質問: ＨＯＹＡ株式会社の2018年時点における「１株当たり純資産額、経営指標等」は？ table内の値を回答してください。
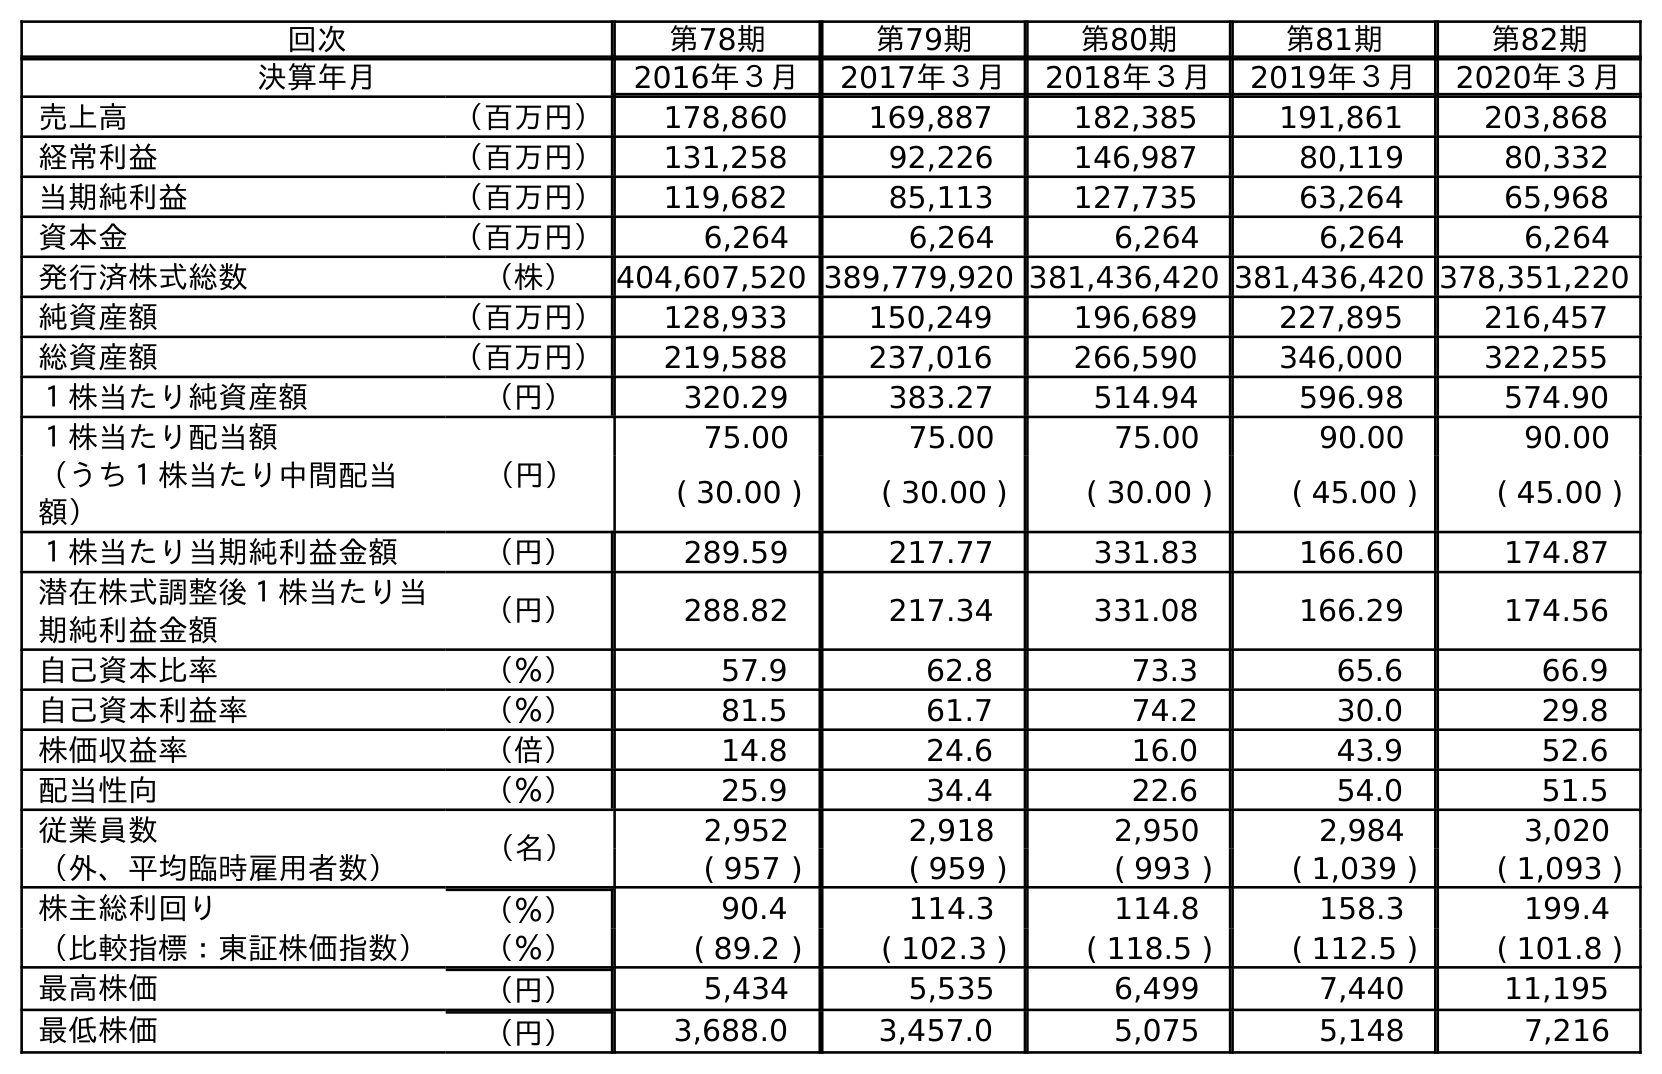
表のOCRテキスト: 回次 第78期 第79期 第80期 第81期 第82期 決算年月 2016年３月 2017年３月 2018年３月 2019年３月 2020年３月 売上高 （百万円） 178,860 169,887 182,385 191,861 203,868 経常利益 （百万円） 131,258 92,226 146,987 80,119 80,332 当期純利益 （百万円） 119,682 85,113 127,735 63,264 65,968 資本金 （百万円） 6,264 6,264 6,264 6,264 6,264 発行済株式総数 （株） 404,607,520 389,779,920 381,436,420 381,436,420 378,351,220 純資産額 （百万円） 128,933 150,249 196,689 227,895 216,457 総資産額 （百万円） 219,588 237,016 266,590 346,000 322,255 １株当たり純資産額 （円） 320.29 383.27 514.94 596.98 574.90 １株当たり配当額 （円） 75.00 75.00 75.00 90.00 90.00 （うち１株当たり中間配当 額） ( 30.00 ) ( 30.00 ) ( 30.00 ) ( 45.00 ) ( 45.00 ) １株当たり当期純利益金額 （円） 289.59 217.77 331.83 166.60 174.87 潜在株式調整後１株当たり当 期純利益金額 （円） 288.82 217.34 331.08 166.29 174.56 自己資本比率 （％） 57.9 62.8 73.3 65.6 66.9 自己資本利益率 （％） 81.5 61.7 74.2 30.0 29.8 株価収益率 （倍） 14.8 24.6 16.0 43.9 52.6 配当性向 （％） 25.9 34.4 22.6 54.0 51.5 従業員数 （名） 2,952 2,918 2,950 2,984 3,020 （外、平均臨時雇用者数） ( 957 ) ( 959 ) ( 993 ) ( 1,039 ) ( 1,093 ) 株主総利回り （％） 90.4 114.3 114.8 158.3 199.4 （比較指標：東証株価指数） （％） ( 89.2 ) ( 102.3 ) ( 118.5 ) ( 112.5 ) ( 101.8 ) 最高株価 （円） 5,434 5,535 6,499 7,440 11,195 最低株価 （円） 3,688.0 3,457.0 5,075 5,148 7,216
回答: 514.94